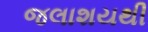
જલાશયથી